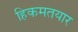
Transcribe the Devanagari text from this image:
हिकमतयार